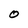
Character: O